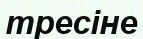
тресіне